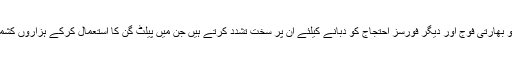
جب پُرامن کشمیری اِن مظالم پر احتجاج کرتے ہیں تو بھارتی فوج اور دیگر فورسز احتجاج کو دبانے کیلئے اُن پر سخت تشدّد کرتے ہیں جن میں پیلٹ گن کا استعمال کرکے ہزاروں کشمیری مردوخواتین کو نابینا اوراپاہج کردیا گیا گیا ہے۔